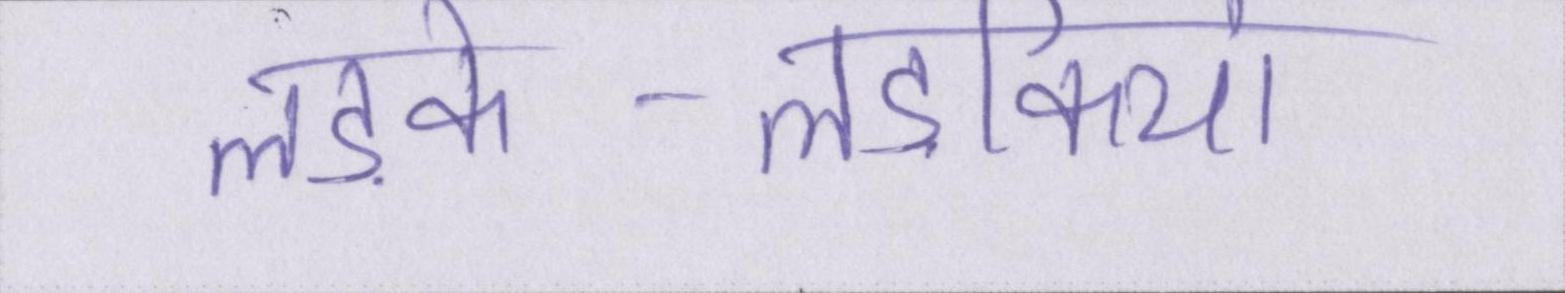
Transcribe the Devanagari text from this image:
लड़के-लड़कियां